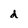
Character: d